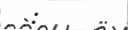
: